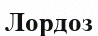
Лордоз